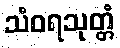
သံဝရသုတ္တံ